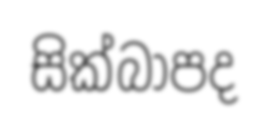
සික්බාපද